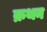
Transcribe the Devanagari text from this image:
क्रथन